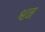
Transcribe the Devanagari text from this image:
श्वन